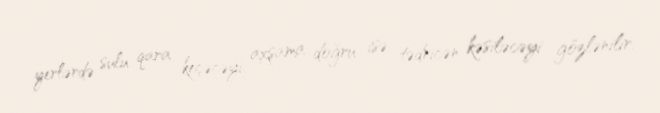
yerlərdə sulu qara keçəcəyi, axşama doğru isə tədricən kəsiləcəyi gözlənilir.